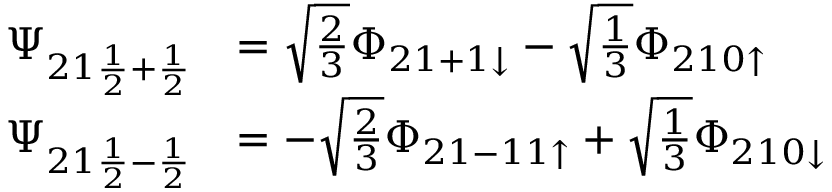
\begin{array} { r l } { \Psi _ { 2 1 \frac { 1 } { 2 } + \frac { 1 } { 2 } } } & { = \sqrt { \frac { 2 } { 3 } } \Phi _ { 2 1 + 1 \downarrow } - \sqrt { \frac { 1 } { 3 } } \Phi _ { 2 1 0 \uparrow } } \\ { \Psi _ { 2 1 \frac { 1 } { 2 } - \frac { 1 } { 2 } } } & { = - \sqrt { \frac { 2 } { 3 } } \Phi _ { 2 1 - 1 1 \uparrow } + \sqrt { \frac { 1 } { 3 } } \Phi _ { 2 1 0 \downarrow } } \end{array}